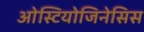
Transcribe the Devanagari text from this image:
ओस्टियोजिनेसिस